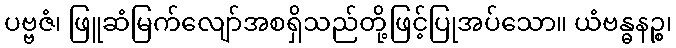
ပဗ္ဗဇံ၊ ဖြူဆံမြက်လျော်အစရှိသည်တို့ဖြင့်ပြုအပ်သော။ ယံဗန္ဓနဉ္စ၊